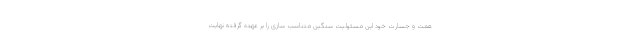
همت و جسارت خود این مسئولیت سنگین متناسب سازی را بر عهده گرفته نهایت